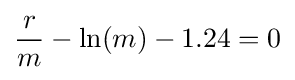
{\frac {r}{m}}-\ln(m)-1.24=0